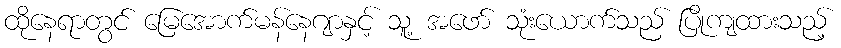
ထိုနေရာတွင် မြေအောက်မန်နေဂျာနှင့် သူ့ အဖော် သုံးယောက်သည် ပြိုကျထားသည့်